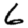
Digit: 6